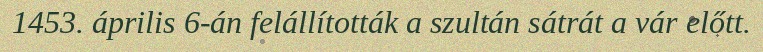
1453. április 6-án felállították a szultán sátrát a vár előtt.